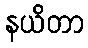
နယိတာ